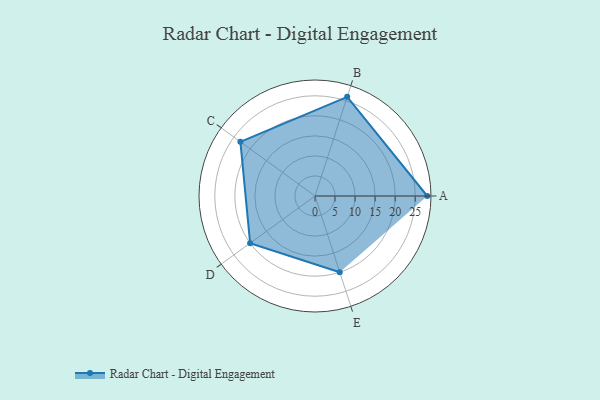
{"axis": {"x": "Skill", "y": "Score"}, "legend": ["Profile"], "data": [{"x": "A", "y": 28.0, "type": "Profile"}, {"x": "B", "y": 26.0, "type": "Profile"}, {"x": "C", "y": 23.0, "type": "Profile"}, {"x": "D", "y": 20, "type": "Profile"}, {"x": "E", "y": 20, "type": "Profile"}]}